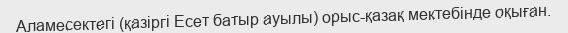
Аламесектегі (қазіргі Есет батыр ауылы) орыс-қазақ мектебінде оқыған.